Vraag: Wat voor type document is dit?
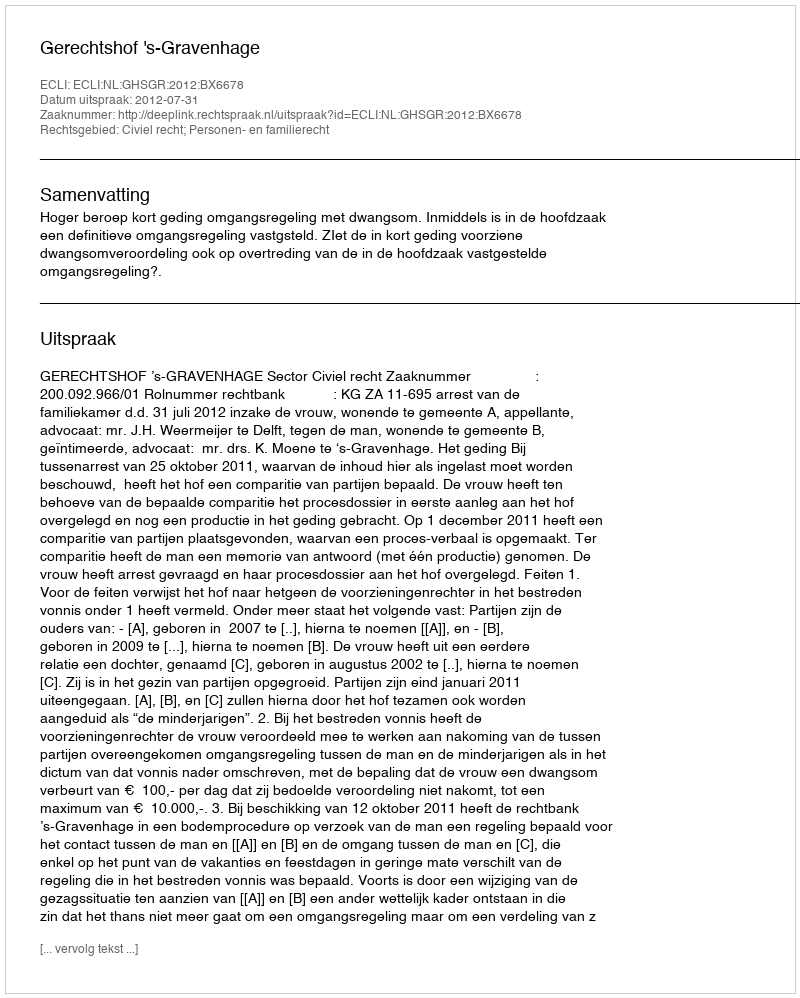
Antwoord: Uitspraak